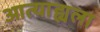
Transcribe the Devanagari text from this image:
आत्याह्यला